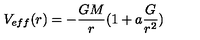
V _ { e f f } ( r ) = - { \frac { G M } { r } } ( 1 + a { \frac { G } { r ^ { 2 } } } )